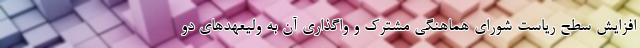
افزایش سطح ریاست شورای هماهنگی مشترک و واگذاری آن به ولیعهدهای دو